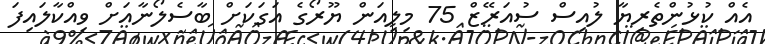
އެއް ކުޅުންތެރިޔާ ލުއިސް ސުއަރޭޒް 75 މިލިއަން ޔޫރޯގެ އަގަކަށް ބާސެލޯނާއަށް ވިއްކާލައިފަ